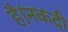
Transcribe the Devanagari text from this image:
है।नकदी